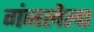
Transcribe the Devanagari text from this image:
गंजलेला